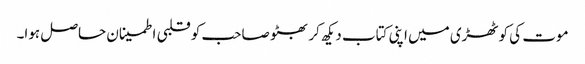
موت کی کوٹھڑی میں اپنی کتاب دیکھ کر بھٹو صاحب کو قلبی اطمینان حاصل ہوا۔